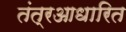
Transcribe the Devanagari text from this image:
तंत्रआधारित